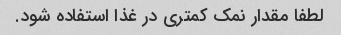
لطفا مقدار نمک کمتری در غذا استفاده شود.